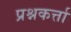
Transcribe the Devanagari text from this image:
प्रश्नकर्त्ता